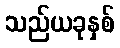
သည်ယခုနှစ်